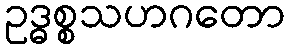
ဥဒ္ဓစ္စသဟဂတော